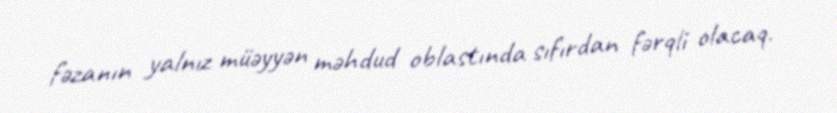
fəzanın yalnız müəyyən məhdud oblastında sıfırdan fərqli olacaq.